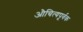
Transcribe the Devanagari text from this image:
औचित्यपूर्वक